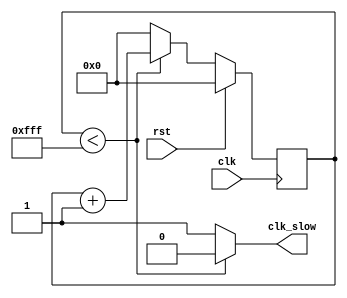
module Clock_Divider_Display (input clk, rst, output reg clk_slow);


 reg [11:0] state;
 reg [11:0] nextstate;
 


always@(posedge clk) begin
    if(rst) state<=0;
    else begin
	   state <= nextstate;
	end
end

always @(*) begin
    if(state<4095) begin 
        nextstate=state+1; 
        clk_slow = 0; 
    end  
    else begin
        nextstate = 0;
        clk_slow = 1;
    end
end
endmodule